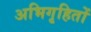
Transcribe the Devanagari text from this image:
अभिगृहितों